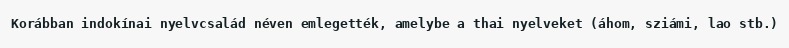
Korábban indokínai nyelvcsalád néven emlegették, amelybe a thai nyelveket (áhom, sziámi, lao stb.)